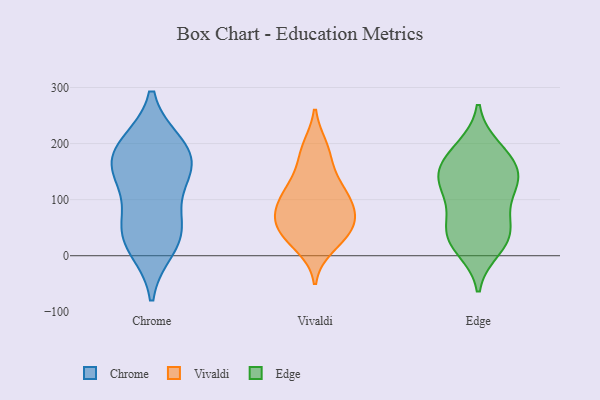
{"axis": {"x": "Gross Profit (USD K)", "y": "Value"}, "legend": ["Chrome", "Edge", "Vivaldi"], "data": [{"x": "", "y": 197, "type": "Chrome"}, {"x": "", "y": 198, "type": "Chrome"}, {"x": "", "y": 156, "type": "Chrome"}, {"x": "", "y": 32, "type": "Chrome"}, {"x": "", "y": 58, "type": "Chrome"}, {"x": "", "y": 145, "type": "Chrome"}, {"x": "", "y": 51, "type": "Chrome"}, {"x": "", "y": 180, "type": "Chrome"}, {"x": "", "y": 139, "type": "Chrome"}, {"x": "", "y": 15, "type": "Chrome"}, {"x": "", "y": 61, "type": "Vivaldi"}, {"x": "", "y": 152, "type": "Vivaldi"}, {"x": "", "y": 16, "type": "Vivaldi"}, {"x": "", "y": 188, "type": "Vivaldi"}, {"x": "", "y": 84, "type": "Vivaldi"}, {"x": "", "y": 31, "type": "Vivaldi"}, {"x": "", "y": 40, "type": "Vivaldi"}, {"x": "", "y": 108, "type": "Vivaldi"}, {"x": "", "y": 61, "type": "Vivaldi"}, {"x": "", "y": 120, "type": "Vivaldi"}, {"x": "", "y": 43, "type": "Vivaldi"}, {"x": "", "y": 120, "type": "Vivaldi"}, {"x": "", "y": 88, "type": "Vivaldi"}, {"x": "", "y": 77, "type": "Vivaldi"}, {"x": "", "y": 194, "type": "Vivaldi"}, {"x": "", "y": 31, "type": "Edge"}, {"x": "", "y": 119, "type": "Edge"}, {"x": "", "y": 58, "type": "Edge"}, {"x": "", "y": 192, "type": "Edge"}, {"x": "", "y": 132, "type": "Edge"}, {"x": "", "y": 182, "type": "Edge"}, {"x": "", "y": 171, "type": "Edge"}, {"x": "", "y": 130, "type": "Edge"}, {"x": "", "y": 13, "type": "Edge"}, {"x": "", "y": 37, "type": "Edge"}, {"x": "", "y": 80, "type": "Edge"}, {"x": "", "y": 142, "type": "Edge"}, {"x": "", "y": 31, "type": "Edge"}, {"x": "", "y": 145, "type": "Edge"}]}